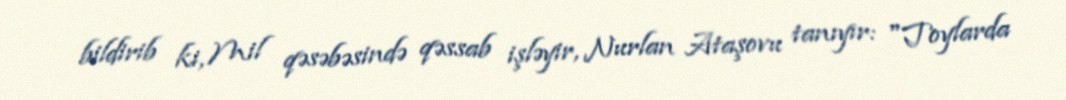
bildirib ki, Mil qəsəbəsində qəssab işləyir, Nurlan Ataşovu tanıyır: "Toylarda